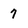
Character: 7